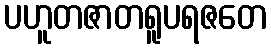
ပဟူတဇာတရူပရဇတေ